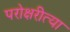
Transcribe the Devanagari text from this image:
परोक्षरीत्या